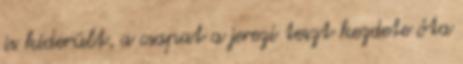
is kiderült, a csapat a jerezi teszt kezdete óta